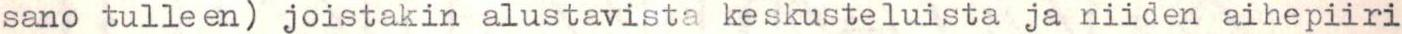
sano tulleen) joistakin alustavista keskusteluista ja niiden aihepiiri